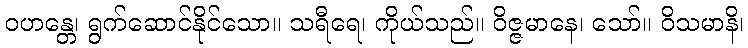
ဝဟန္တေ၊ ရွက်ဆောင်နိုင်သော။ သရီရေ၊ ကိုယ်သည်။ ဝိဇ္ဇမာနေ၊ သော်။ ဝိသမာနိ၊